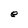
Character: e